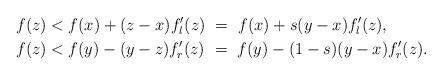
LaTeX: \begin{align*}f(z) &< f(x) + (z-x)f'_l(z) \ = \ f(x) + s(y-x)f'_l(z), \\f(z) &< f(y) - (y-z)f'_r(z) \ = \ f(y) - (1-s)(y-x)f'_r(z).\end{align*}